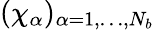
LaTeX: (\chi_{\alpha})_{\alpha=1,\dots,N_{b}}